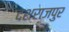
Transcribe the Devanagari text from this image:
दशराजपुर